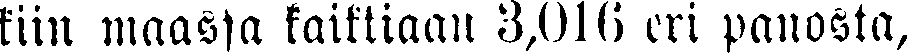
kiin maassa kaikkiaan 3,016 eri panosta,